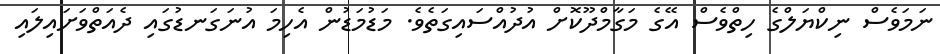
ނަމަވެސް ނިކްޔަލްގެ ހިތްވެސް އޭގެ މަގާމްދޫކޮށް އުދުއްސައިގަތެވެ. މަޑުމަޑުން އެހިމަ އުނަގަނޑުގައި ދެއަތްވަށައިލައި